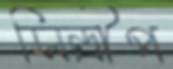
সিন্দ্রীপ